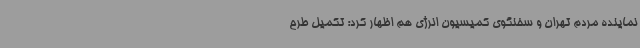
نماینده مردم تهران و سخنگوی کمیسیون انرژی هم اظهار کرد: تکمیل طرح